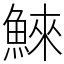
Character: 鯠